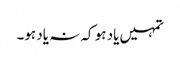
تمہیں یاد ہو کہ نہ یاد ہو۔